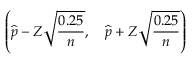
\left( { \widehat { p } } - Z { \sqrt { \frac { 0 . 2 5 } { n } } } , \quad { \widehat { p } } + Z { \sqrt { \frac { 0 . 2 5 } { n } } } \right)